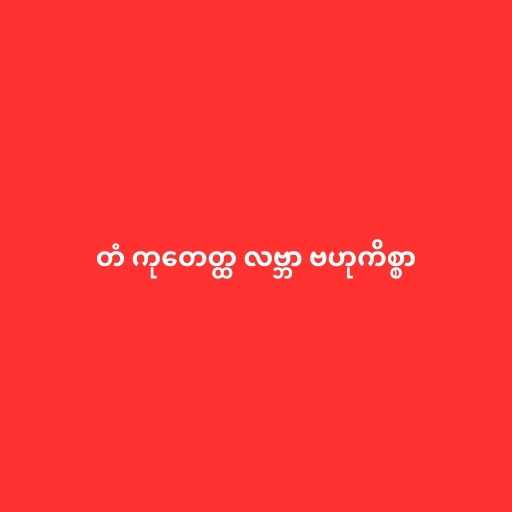
တံ ကုတေတ္ထ လဗ္ဘာ ဗဟုကိစ္စာ